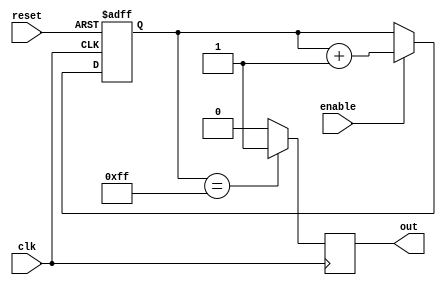
module RC_Delay(
    input wire clk,
    input wire reset,
    input wire enable,
    output reg out
);

reg [7:0] counter;

always @(posedge clk or posedge reset)
begin
    if (reset)
        counter <= 8'b0;
    else if (enable)
        counter <= counter + 1;
end

always @(posedge clk)
begin
    if (counter == 8'hFF)
        out <= 1'b1;
    else
        out <= 1'b0;
end

endmodule